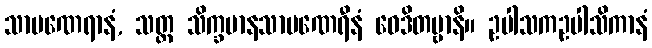
သာမဏေရာနံ, သတ္တ သိက္ခမာနသာမဏေရီနံ ဝေဒိတဗ္ဗာနိ။ ဥပါသကဥပါသိကာနံ